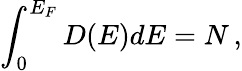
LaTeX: \int_{0}^{E_{F}}D(E)dE=N\, ,